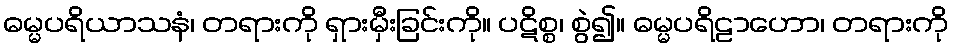
ဓမ္မပရိယာသနံ၊ တရားကို ရှားမှီးခြင်းကို။ ပဋိစ္စ၊ စွဲ၍။ ဓမ္မပရိဠာဟော၊ တရားကို